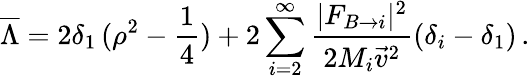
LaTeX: \overline{{{\Lambda}}}=2\delta_{1}\, (\rho^{2}-\frac{1}{4})+2\sum_{i=2}^{\infty}\frac{|F_{B\rightarrow i}|^{2}}{2M_{i}{\vec{v}}^{2}}(\delta_{i}-\delta_{1})\, .